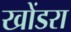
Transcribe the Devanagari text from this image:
खोंडरा